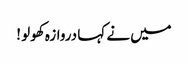
میں نے کہا دروازہ کھولو !